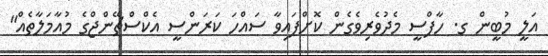
އަލީ މުބީން ގ. ހާފްސީ މެދުވެރިވެގެން ކޮށްފައިވާ ސައްހަ ކަރަންސީ އެކްސްޗޭންޖްގެ މުއާމަލާތެއް"